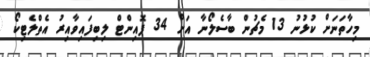
މިހާތަނަށް ކުޅުނު 13 މެޗުން ބާސެލޯނާ އަށް 34 ޕޮއިންޓް ލިބިފައިވާއިރު އެތްލެޓިކޯ